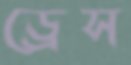
ড্রেস